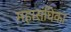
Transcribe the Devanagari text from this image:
महासंघिका